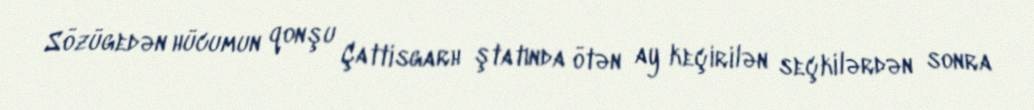
Sözügedən hücumun qonşu Çattisgarh ştatında ötən ay keçirilən seçkilərdən sonra